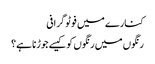
کنارے میں فوٹو گرافی
رنگوں میں رنگوں کو کیسے جوڑنا ہے؟